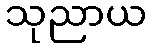
သုညာယ